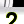
Digit: 2